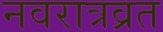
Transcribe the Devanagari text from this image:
नवरात्रव्रत